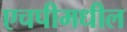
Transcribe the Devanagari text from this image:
एचपीमधील